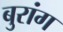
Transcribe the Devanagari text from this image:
बुरांग